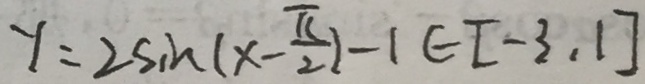
y = 2 \sin ( x - \frac { \pi } { 2 } ) - 1 \in [ - 3 , 1 ]